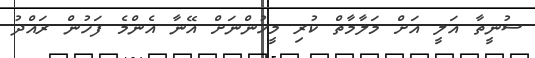
ސުނީތާ އަލީ އަށް މަލާމާތް ކުރި މީހުންނަށް އޭނާ އެންމެ ފަހުން ރައްދު